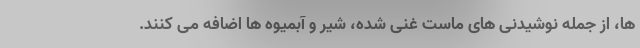
ها، از جمله نوشیدنی های ماست غنی شده، شیر و آبمیوه ها اضافه می کنند.